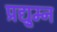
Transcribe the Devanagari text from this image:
प्रद्यु्म्न